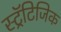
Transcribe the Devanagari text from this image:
स्ट्रॅटिजिक